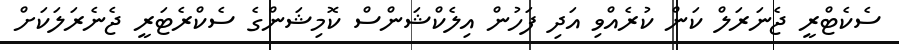
ސެކެޓްރީ ޖެނަރަލް ކަން ކުރެއްވި އަދި ފަހުން އިލެކްޝަންސް ކޮމިޝަންގެ ސެކްރެޓަރީ ޖެނެރަލަކަށް